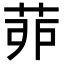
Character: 𦯆